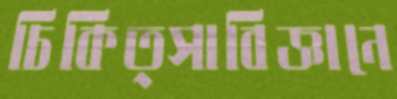
চিকিত্সাবিজ্ঞানে